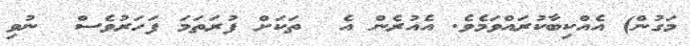
މަގުން) އެއްކިބާކުރައްވަމެވެ. އެއުރެން އެ  ތަކަށް ފުރަތަމަ ފަހަރުވެސް  ނުވި